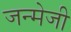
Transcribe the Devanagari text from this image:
जन्मेजी